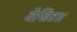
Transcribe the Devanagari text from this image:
वेजिटस